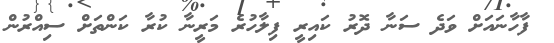
ފާހާނައަށް ވަދެ ސަނާ ދޮރު ކައިރީ ފިލާހުރެ މަރީނާ ކުރާ ކަންތަށް ސިއްރުން